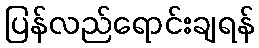
ပြန်လည်ရောင်းချရန်